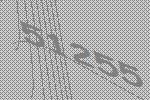
51255